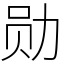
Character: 勋